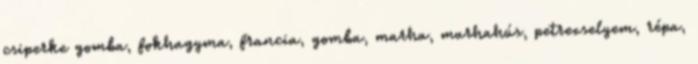
csiperke gomba, fokhagyma, francia, gomba, marha, marhahús, petrezselyem, répa,